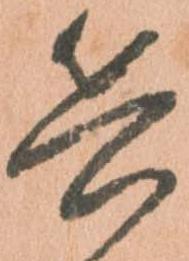
兵